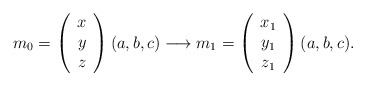
\begin{align*}m_0 = \left( \begin{array}{c} x \\ y \\ z \end{array} \right) (a, b, c) \longrightarrow m_1 = \left( \begin{array}{c} x_1 \\ y_1 \\ z_1 \end{array} \right) (a, b, c).\end{align*}